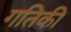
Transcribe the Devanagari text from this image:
गतिकी